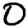
Digit: 0